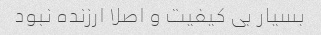
بسیار بی کیفیت و اصلا ارزنده نبود